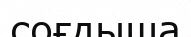
соғдыша